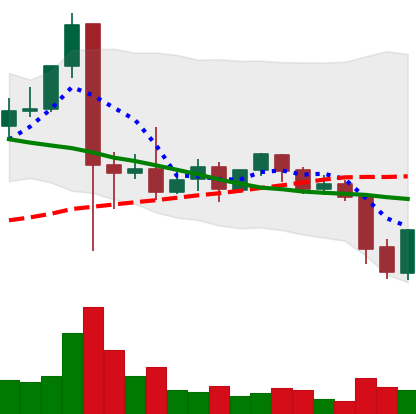
Ticker: XLM-USD
Chart end date: 2021-09-22
Forward return: -9.366%
Label: down_7plus